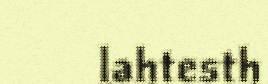
lahtesth